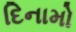
દિનામો